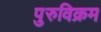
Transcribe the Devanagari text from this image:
पुरुविक्रम